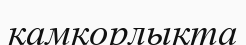
қамқорлықта